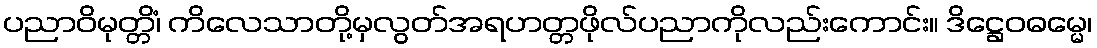
ပညာဝိမုတ္တိံ၊ ကိလေသာတို့မှလွတ်အရဟတ္တဖိုလ်ပညာကိုလည်းကောင်း။ ဒိဋ္ဌေဝဓမ္မေ၊